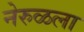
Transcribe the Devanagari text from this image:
नेरुळला